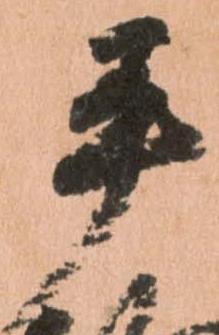
平